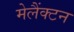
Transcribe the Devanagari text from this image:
मेलैंक्टन